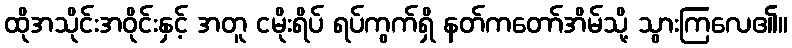
ထိုအသိုင်းအဝိုင်းနှင့် အတူ ငမိုးရိပ် ရပ်ကွက်ရှိ နတ်ကတော်အိမ်သို့ သွားကြလေ၏။